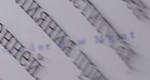
Under New Mgmt